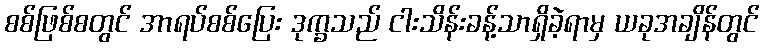
စစ်ဖြစ်စတွင် အာရပ်စစ်ပြေး ဒုက္ခသည် ငါးသိန်းခန့်သာရှိခဲ့ရာမှ ယခုအချိန်တွင်